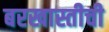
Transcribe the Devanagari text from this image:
बरखास्तीची